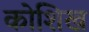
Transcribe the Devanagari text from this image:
कोशिख